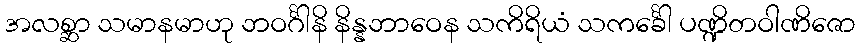
အလစ္ဆာ သမာနမာဟု ဘဝင်္ဂါနိ နိန္နဘာဝေန သကိရိယံ သကင်္ခေါ ပဏ္ဍိတဝါဏိဇော